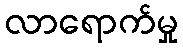
လာရောက်မှု